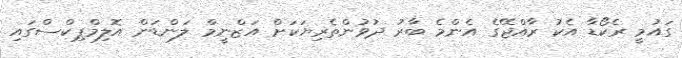
ގައުމީ ރެކޯޑާ އެކު ރާއްޖޭގެ އެންމެ ބާރު ދުވުންތެރިޔަކަށް އަޒްނީމް ލަންޑަން އޮލިމްޕިކްސްގައި